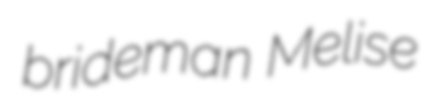
brideman Melise